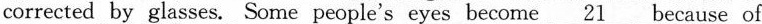
corrected by glasses. Some people's eyes become \underline{21} because of